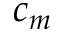
c _ { m }